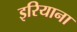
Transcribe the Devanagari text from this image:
इरियाना